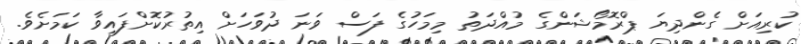
ކުރިއަށް ގެންދިޔަ ޕްރޮމޯޝަންގެ މުއްދަތު މިމަހުގެ ފަސް ވަނަ ދުވަހަށް އިތުރުކޮށްފައިވާ ކަމަށެވެ.